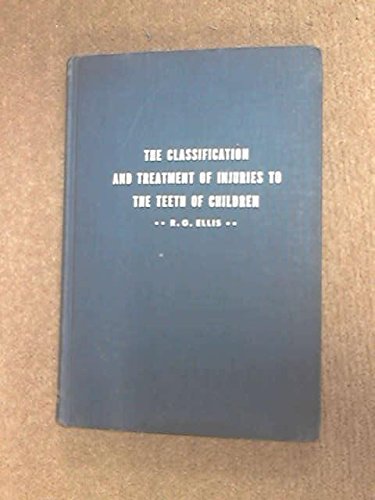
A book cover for The classification and treatment of injuries to the teeth of children; Roy Gilmore Ellis; Medical Books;